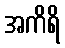
အကိရိ